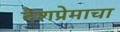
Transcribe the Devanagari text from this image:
देशप्रेमाचा